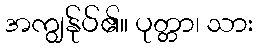
အကျွန်ုပ်၏။ ပုတ္တာ၊ သား